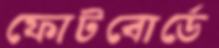
ফোটবোর্ডে